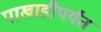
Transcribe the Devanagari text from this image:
पाखाडीपर्यंत